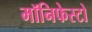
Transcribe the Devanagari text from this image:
मॉनिफेस्टो